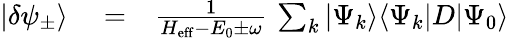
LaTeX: \begin{array}{rlr}{|\delta\psi_{\pm}\rangle}&{{}=}&{\frac{1}{H_{\mathrm{eff}}-E_{0}\pm\omega}\, \sum_{k}|\Psi_{k}\rangle\langle\Psi_{k}|D|\Psi_{0}\rangle}\end{array}